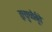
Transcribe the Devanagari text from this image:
इत्युच्चैर्बूते